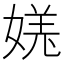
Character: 𫱎